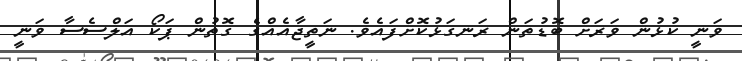
ވަނީ ކުޅުން ވަރަށް ބޮޑުތަން ރަނގަޅުކޮށްފައެވެ. ނަތީޖާއެއްގެ ގޮތުން ޕަކޯ އަލްސެސާ ވަނީ